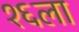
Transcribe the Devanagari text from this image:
१६ला